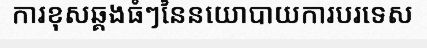
ការខុសឆ្គងធំៗនៃនយោបាយការបរទេស